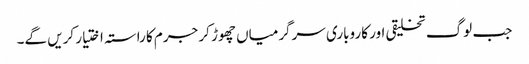
جب لوگ تخلیقی اور کاروباری سرگرمیاں چھوڑ کر جرم کا راستہ اختیار کریں گے۔